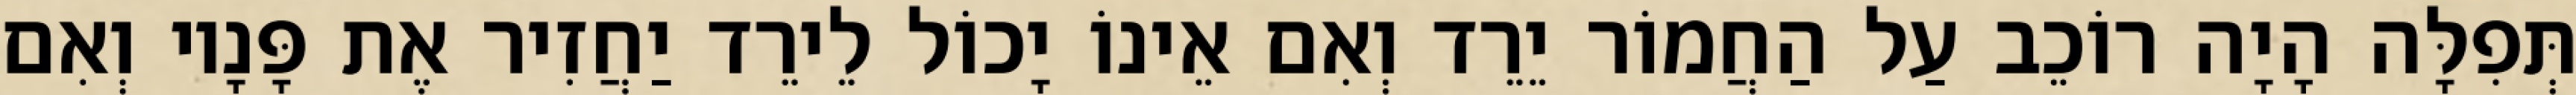
תְּפִלָּה הָיָה רוֹכֵב עַל הַחֲמוֹר יֵרֵד וְאִם אֵינוֹ יָכוֹל לֵירֵד יַחֲזִיר אֶת פָּנָיו וְאִם